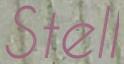
Stell